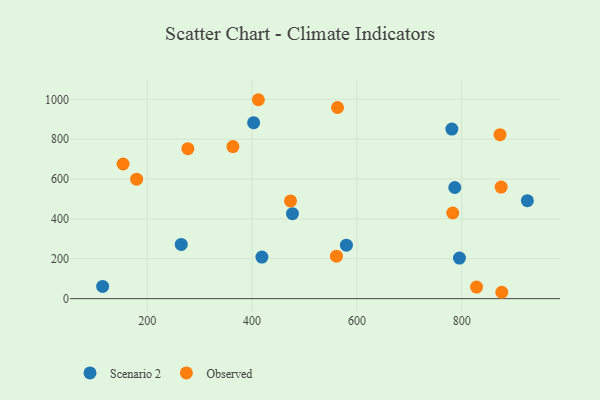
{"axis": {"x": "Ad Spend", "y": "Sales"}, "legend": ["Observed", "Scenario 2"], "data": [{"x": "786.8", "y": 557.8, "type": "Scenario 2"}, {"x": "925.3", "y": 491.8, "type": "Scenario 2"}, {"x": "477.1", "y": 426.6, "type": "Scenario 2"}, {"x": "114.9", "y": 61.4, "type": "Scenario 2"}, {"x": "418.8", "y": 208.6, "type": "Scenario 2"}, {"x": "403.0", "y": 883.0, "type": "Scenario 2"}, {"x": "781.2", "y": 850.8, "type": "Scenario 2"}, {"x": "795.7", "y": 203.5, "type": "Scenario 2"}, {"x": "264.9", "y": 272.2, "type": "Scenario 2"}, {"x": "580.0", "y": 268.1, "type": "Scenario 2"}, {"x": "561.0", "y": 212.9, "type": "Observed"}, {"x": "782.9", "y": 429.7, "type": "Observed"}, {"x": "179.8", "y": 599.4, "type": "Observed"}, {"x": "363.5", "y": 762.9, "type": "Observed"}, {"x": "563.1", "y": 959.1, "type": "Observed"}, {"x": "828.4", "y": 57.9, "type": "Observed"}, {"x": "875.3", "y": 559.6, "type": "Observed"}, {"x": "412.1", "y": 998.1, "type": "Observed"}, {"x": "153.9", "y": 675.6, "type": "Observed"}, {"x": "876.5", "y": 32.0, "type": "Observed"}, {"x": "277.5", "y": 752.6, "type": "Observed"}, {"x": "473.4", "y": 490.2, "type": "Observed"}, {"x": "873.1", "y": 822.9, "type": "Observed"}]}